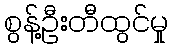
စွန့်ဦးတီထွင်မှု